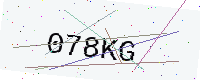
Text: 078KG